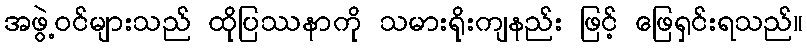
အဖွဲ့ဝင်များသည် ထိုပြဿနာကို သမားရိုးကျနည်း ဖြင့် ဖြေရှင်းရသည်။